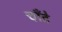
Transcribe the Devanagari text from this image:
चाँदे